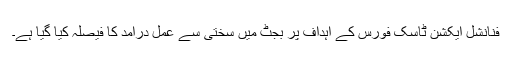
فنانشل ایکشن ٹاسک فورس کے اہداف پر بجٹ میں سختی سے عمل درآمد کا فیصلہ کیا گیا ہے۔